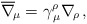
\begin{align*}\overline\nabla_{\!\mu}=\gamma^\rho_{\,\mu}\nabla_{\!\rho} \, ,\end{align*}